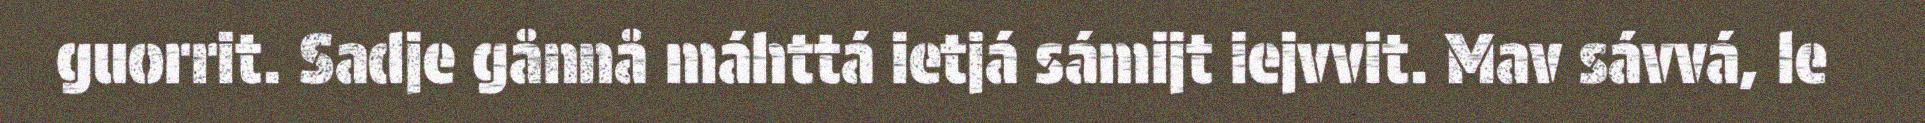
guorrit. Sadje gånnå máhttá ietjá sámijt iejvvit. Mav sávvá, le